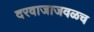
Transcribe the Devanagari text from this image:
दरवाजाजवळच